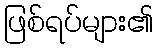
ဖြစ်ရပ်များ၏